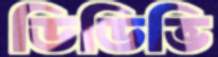
ডিডিভি